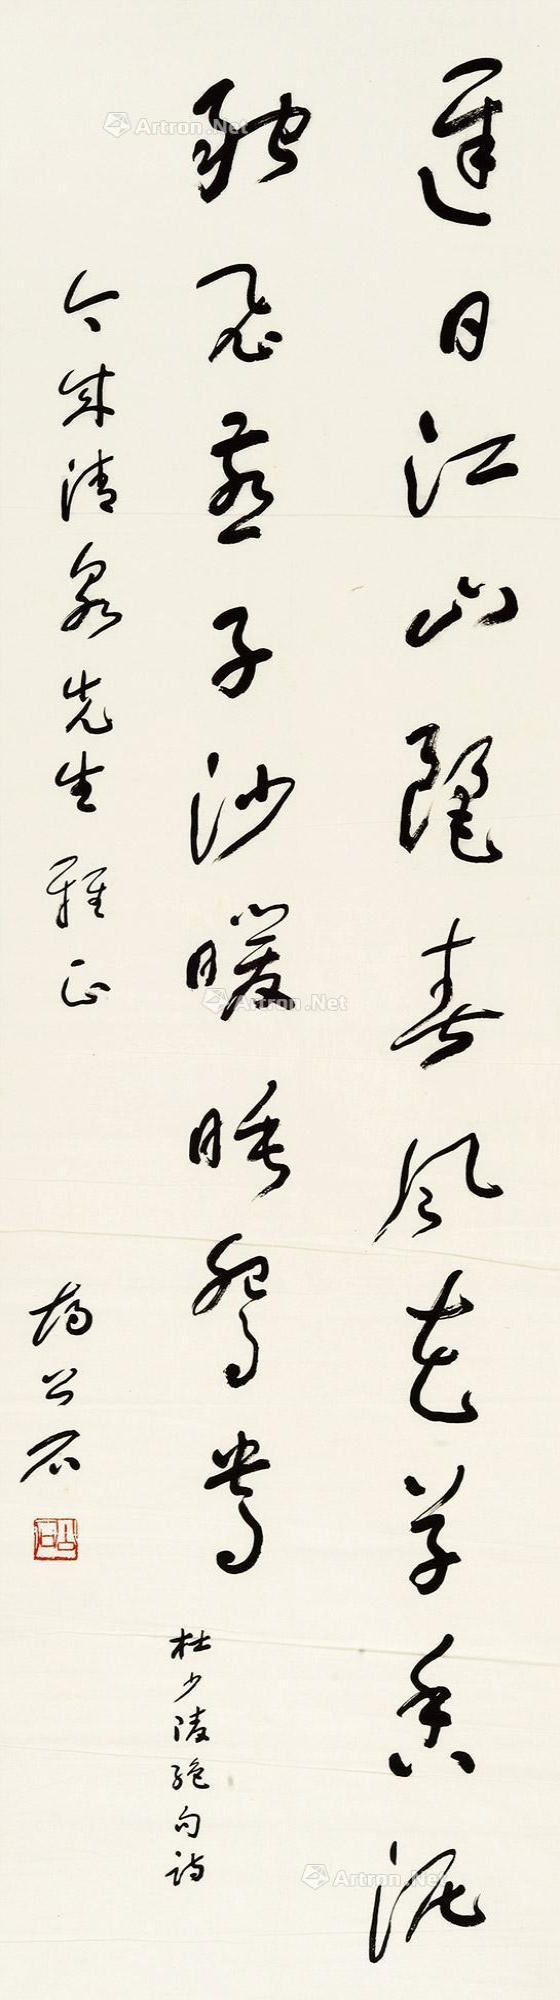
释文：迟日江山丽，春风花草香。泥融飞燕子，沙暖睡鸳鸯。杜少陵绝句诗。今成清泉先生雅正。胡公石。